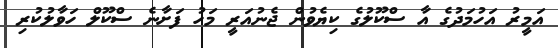
އަމީރު އަހުމަދުގެ އާ ސްކޫލުގެ ކިޔެވުން ޖެނުއަރީ މަހު ފަށާނެ ސްކޫލް ހަވާލުކުރި